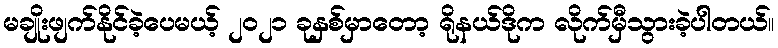
မချိုးဖျက်နိုင်ခဲ့ပေမယ့် ၂၀၂၁ ခုနှစ်မှာတော့ ရိုနယ်ဒိုက လိုက်မှီသွားခဲ့ပါတယ်။